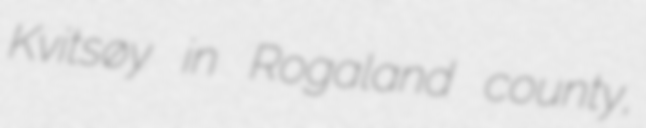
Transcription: Kvitsøy in Rogaland county,